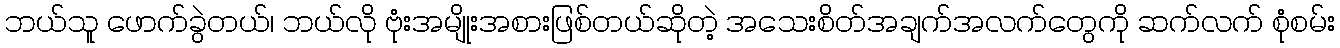
ဘယ်သူ ဖောက်ခွဲတယ်၊ ဘယ်လို ဗုံးအမျိုးအစားဖြစ်တယ်ဆိုတဲ့ အသေးစိတ်အချက်အလက်တွေကို ဆက်လက် စုံစမ်း